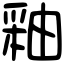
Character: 釉